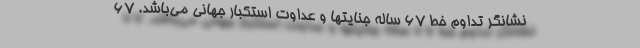
نشانگر تداوم خط ۶۷ ساله جنایتها و عداوت استکبار جهانی می‌باشد. ۶۷